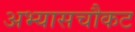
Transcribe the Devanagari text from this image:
अभ्यासचौकट